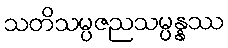
သတိသမ္ပဇညသမ္ပန္နဿ